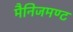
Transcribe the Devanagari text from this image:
मैनिजमण्ट